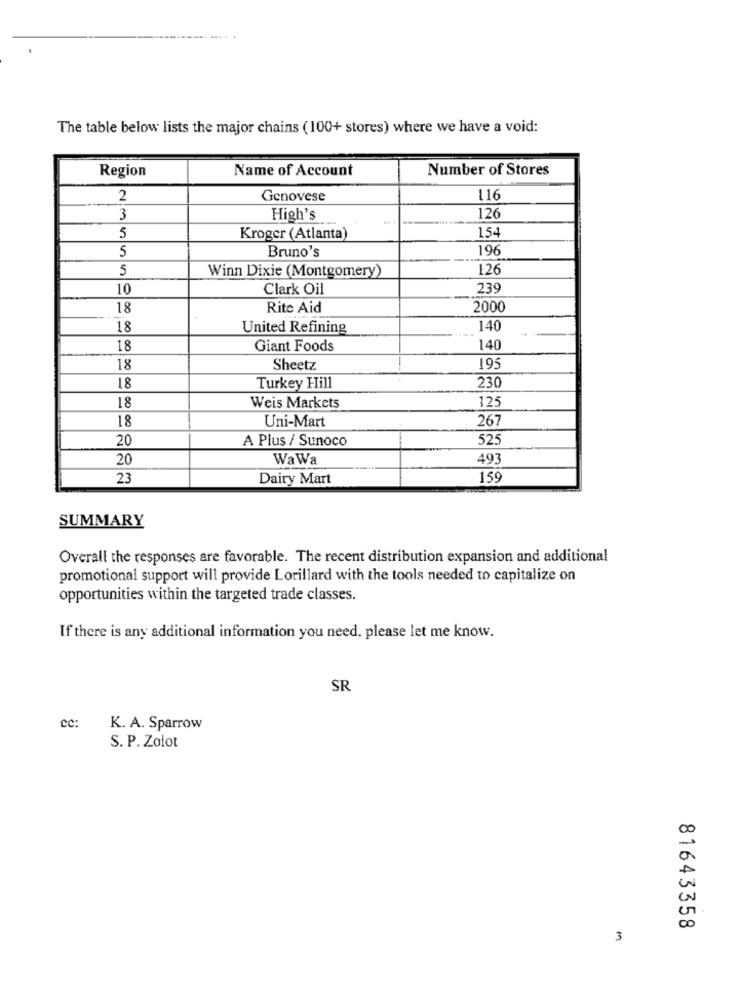
The table below lists the major chains (100+ stores) where we have a void:
Name of Account
Number of Stores
Region
2
Genovese
116
3
High's
126
154
5
Kroger (Atlanta)
5
Bruno's
196
5
Winn Dixie (Montgomery)
126
10
Clark Oil
239
18
Rite Aid
2000
18
United Refining
140
18
Giant Foods
140
18
Sheetz
195
18
Turkey Hill
230
125
18
Weis Markets
18
Uni-Mart
267
20
A Plus / Sunoco
525
20
Wa Wa
493
23
Dairy Mart
159
SUMMARY
Overall the responses are favorable. The recent distribution expansion and additional
promotional support will provide Lorillard with the tools needed to capitalize on
opportunities within the targeted trade classes.
If there is any additional information you need, please let me know.
SR
cc:
K. A. Sparrow
S. P. Zolot
00
00
81643358
3